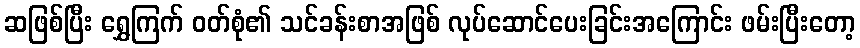
ဆဖြစ်ပြီး ရွှေကြက် ဝတ်စုံ၏ သင်ခန်းစာအဖြစ် လုပ်ဆောင်ပေးခြင်းအကြောင်း ဖမ်းပြီးတော့